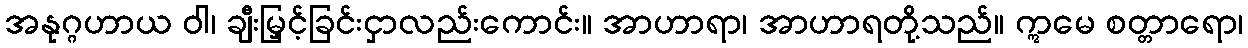
အနုဂ္ဂဟာယ ဝါ၊ ချီးမြှင့်ခြင်းငှာလည်းကောင်း။ အာဟာရာ၊ အာဟာရတို့သည်။ ဣမေ စတ္တာရော၊